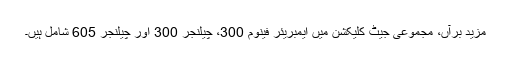
مزید برآں، مجموعی جیٹ کلیکشن میں ایمبریئر فینوم 300، چیلنجر 300 اور چیلنجر 605 شامل ہیں۔